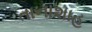
તાનાશાહ